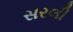
સરલી